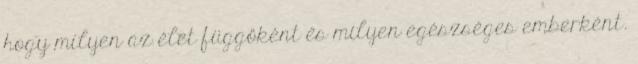
hogy milyen az élet függőként és milyen egészséges emberként.